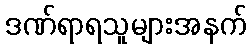
ဒဏ်ရာရသူများအနက်